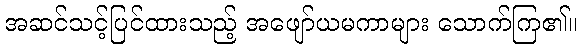
အဆင်သင့်ပြင်ထားသည့် အဖျော်ယမကာများ သောက်ကြ၏။